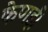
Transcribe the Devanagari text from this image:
केणई।